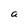
Character: a